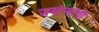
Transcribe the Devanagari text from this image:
जयंत्यांची